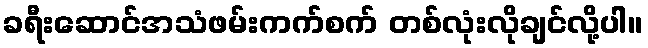
ခရီးဆောင်အသံဖမ်းကက်စက် တစ်လုံးလိုချင်လို့ပါ။